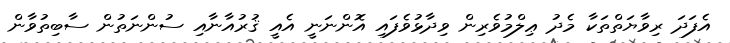
އެފަދަ ރިވާޔަތްތަކާ މެދު ޢިލްމުވެރިން ވިދާޅުވެފައި އޮންނަނީ އެއީ ޤުރުއާނާއި ސުންނަތުން ސާބިތުވާން